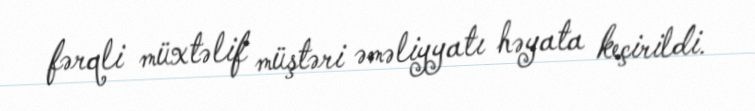
fərqli müxtəlif müştəri əməliyyatı həyata keçirildi.